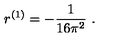
r ^ { ( 1 ) } = - \frac { 1 } { 1 6 \pi ^ { 2 } } \ .